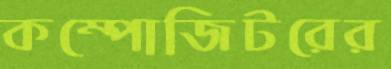
কম্পোজিটরের